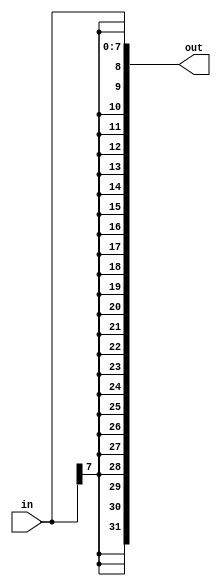
// Statement
// Replication Operator
// Build a circuit that sign-extends an 8-bit number to 32 bits. This requires a concatenation of 24 copies of the sign bit
// (i.e., replicate bit[7] 24 times) followed by the 8-bit number itself.


// Solution
module top_module (
    input [7:0] in,
    output [31:0] out );//
	// replicating the sign bits that is the most significant bits to make it 32 bit. and rest with input
    assign out = {{24{in[7]}},in};

endmodule